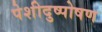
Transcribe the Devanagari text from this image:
पेशीदुष्पोषण